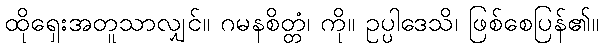
ထိုရှေးအတူသာလျှင်။ ဂမနစိတ္တံ၊ ကို။ ဥပ္ပါဒေသိ၊ ဖြစ်စေပြန်၏။